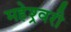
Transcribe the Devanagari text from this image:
महेश्र्वरी